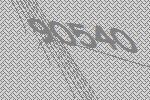
90540